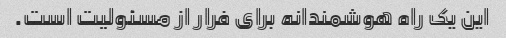
این یک راه هوشمندانه برای فرار از مسئولیت است.